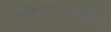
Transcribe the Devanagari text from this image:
पाकिस्तानविरुद्धचा